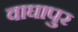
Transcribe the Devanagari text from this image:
वाघापुर